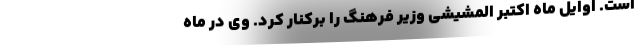
است. اوایل ماه اکتبر المشیشی وزیر فرهنگ را برکنار کرد. وی در ماه